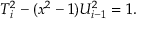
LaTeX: T _ { i } ^ { 2 } - ( x ^ { 2 } - 1 ) U _ { i - 1 } ^ { 2 } = 1 .